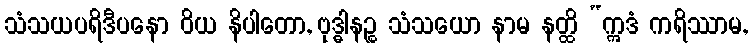
သံသယပရိဒီပနော ဝိယ နိပါတော, ဗုဒ္ဓါနဉ္စ သံသယော နာမ နတ္ထိ “ဣဒံ ကရိဿာမ,